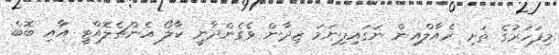
މިފަހަރުގެ ތަށި ރެއާލްއިން ނަގައިފިނަމަ ޒިދާން ވެގެންދާނީ ކާލޯ އެންޗެލޮއްޓީ އާއި ބޮބް